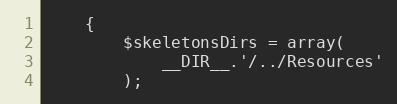
Language: PHP
    {
        $skeletonsDirs = array(
            __DIR__.'/../Resources'
        );